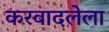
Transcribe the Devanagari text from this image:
करवादलेला